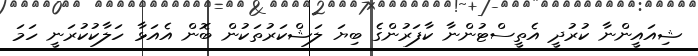
ޝިއައީންނާ ކުރުދީ އެތީސްޓުންނާ ކާފަރުންގެ ބިޔަ ލަޝްކަރުތަކުން ބޮން އެއަޅާ ހަލާކުކުރަނީ ހަމަ